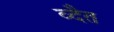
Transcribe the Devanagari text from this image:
व्दैत